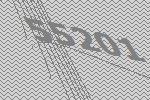
55201